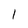
Character: 1